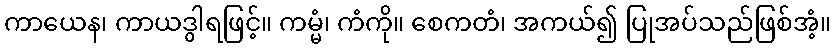
ကာယေန၊ ကာယဒွါရဖြင့်။ ကမ္မံ၊ ကံကို။ စေကတံ၊ အကယ်၍ ပြုအပ်သည်ဖြစ်အံ့။